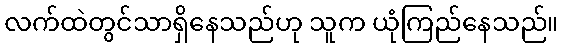
လက်ထဲတွင်သာရှိနေသည်ဟု သူက ယုံကြည်နေသည်။